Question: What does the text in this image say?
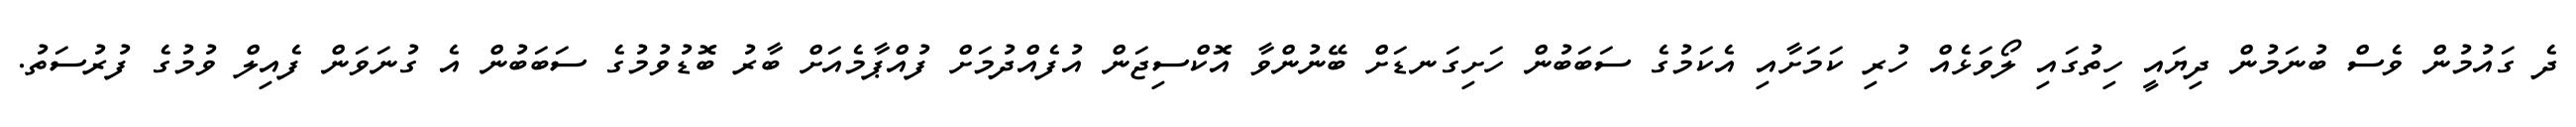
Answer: ދެ ގައުމުން ވެސް ބުނަމުން ދިޔައީ ހިތުގައި ލޯވަޅެއް ހުރި ކަމަށާއި އެކަމުގެ ސަބަބުން ހަށިގަނޑަށް ބޭނުންވާ އޮކްސިޖަން އުފެއްދުމަށް ފުއްޕާމެއަށް ބާރު ބޮޑުވުމުގެ ސަބަބުން އެ ގުނަވަން ފެއިލް ވުމުގެ ފުރުސަތު.